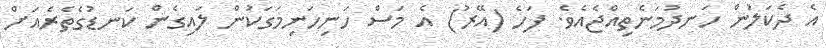
އެ ދެކަލުން ހަނދުމަނެތިއްޖެއެވެ. ފަހެ (އޭރު) އެ މަސް ހަނިހަނިމަގަކުން ލައިގެން ކަނޑުގެތެރެއަށް